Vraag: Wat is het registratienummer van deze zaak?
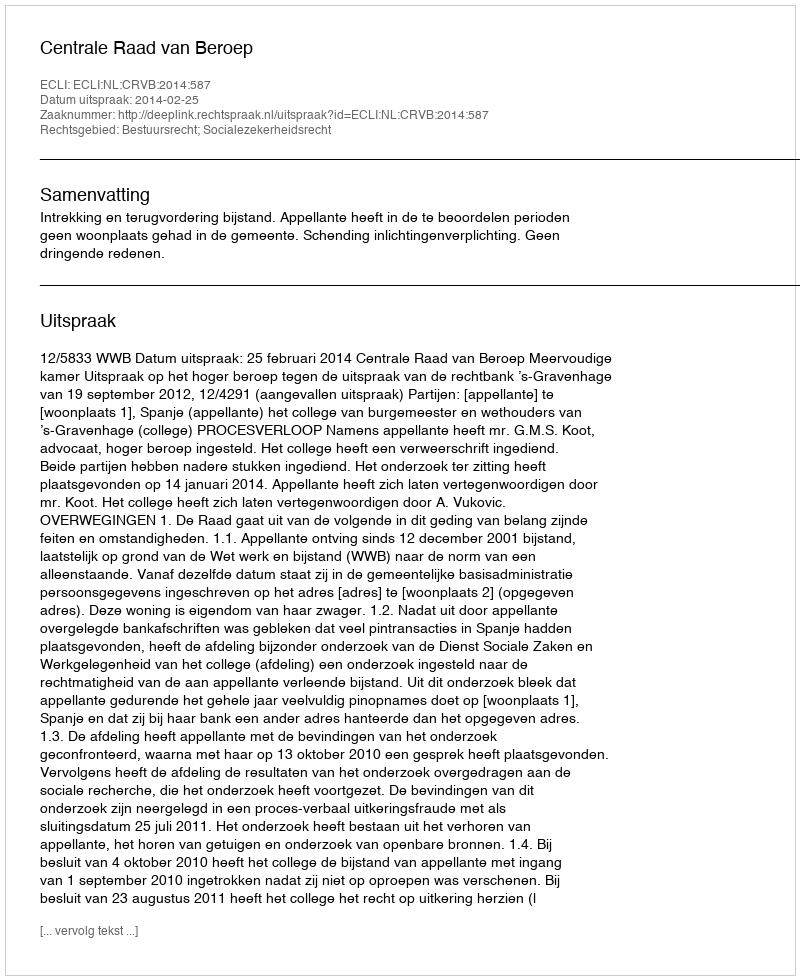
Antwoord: http://deeplink.rechtspraak.nl/uitspraak?id=ECLI:NL:CRVB:2014:587